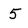
Character: 5